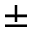
\pm